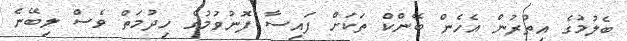
ބެލުމުގެ އިތުރުން އެހެން ބޭންކް ތަކަށް ފައިސާ ފޮނުވުމުގެ ހިދުމަތް ވެސް ލިބޭނެ